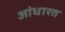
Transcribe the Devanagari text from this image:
आंधारत